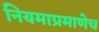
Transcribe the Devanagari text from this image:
नियमाप्रमाणेच